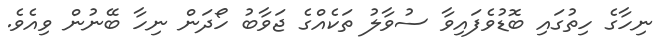
ނިހާގެ ހިތުގައި ބޮޑުވެފައިވާ ސުވާލު ތަކެއްގެ ޖަވާބު ހޯދަން ނިހާ ބޭނުން ވިއެވެ.